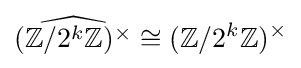
{\widehat {(\mathbb {Z} /2^{k}\mathbb {Z} )^{\times }}}\cong (\mathbb {Z} /2^{k}\mathbb {Z} )^{\times }